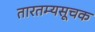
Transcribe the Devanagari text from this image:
तारतम्यसूचक